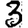
Digit: 3